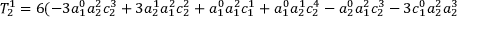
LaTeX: T _ { 2 } ^ { 1 } = 6 ( - 3 a _ { 1 } ^ { 0 } a _ { 2 } ^ { 2 } c _ { 2 } ^ { 3 } + 3 a _ { 2 } ^ { 1 } a _ { 1 } ^ { 2 } c _ { 2 } ^ { 2 } + a _ { 1 } ^ { 0 } a _ { 1 } ^ { 2 } c _ { 1 } ^ { 1 } + a _ { 1 } ^ { 0 } a _ { 2 } ^ { 1 } c _ { 2 } ^ { 4 } - a _ { 2 } ^ { 0 } a _ { 1 } ^ { 2 } c _ { 2 } ^ { 3 } - 3 c _ { 1 } ^ { 0 } a _ { 2 } ^ { 2 } a _ { 2 } ^ { 3 }